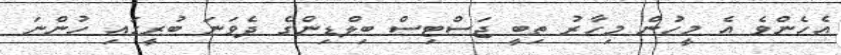
އެހެންވެ އެ މީހުން މިހާރު ތިބީ ޖަސްޓިސް ބިލްޑިންގެ ދެވަނަ ބުރީގައި ހުންނަ